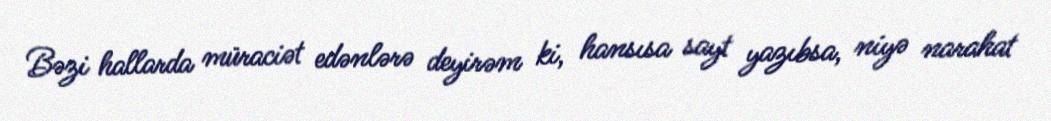
Bəzi hallarda müraciət edənlərə deyirəm ki, hansısa sayt yazıbsa, niyə narahat